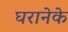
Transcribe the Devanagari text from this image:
घरानेके